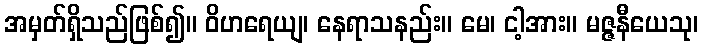
အမှတ်ရှိသည်ဖြစ်၍။ ဝိဟရေယျ၊ နေရာသနည်း။ မေ၊ ငါ့အား။ မဇ္ဇနီယေသု၊